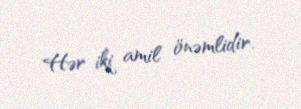
Hər iki amil önəmlidir.